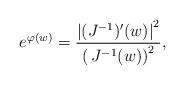
LaTeX: \begin{align*} e^{\varphi(w)}=\frac{\left|(J^{-1})'(w)\right|^2}{\left(\,J^{-1}(w)\right)^2},\end{align*}